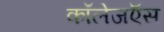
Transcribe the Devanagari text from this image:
कॉलेजऍस